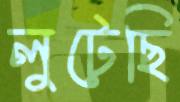
লুটেছি